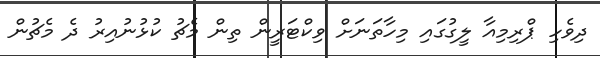
ދިވެހި ޕްރިމިއާ ލީގުގައި މިހާތަނަށް ވިކްޓަރީން ތިން މެޗު ކުޅުނުއިރު ދެ މެޗުން